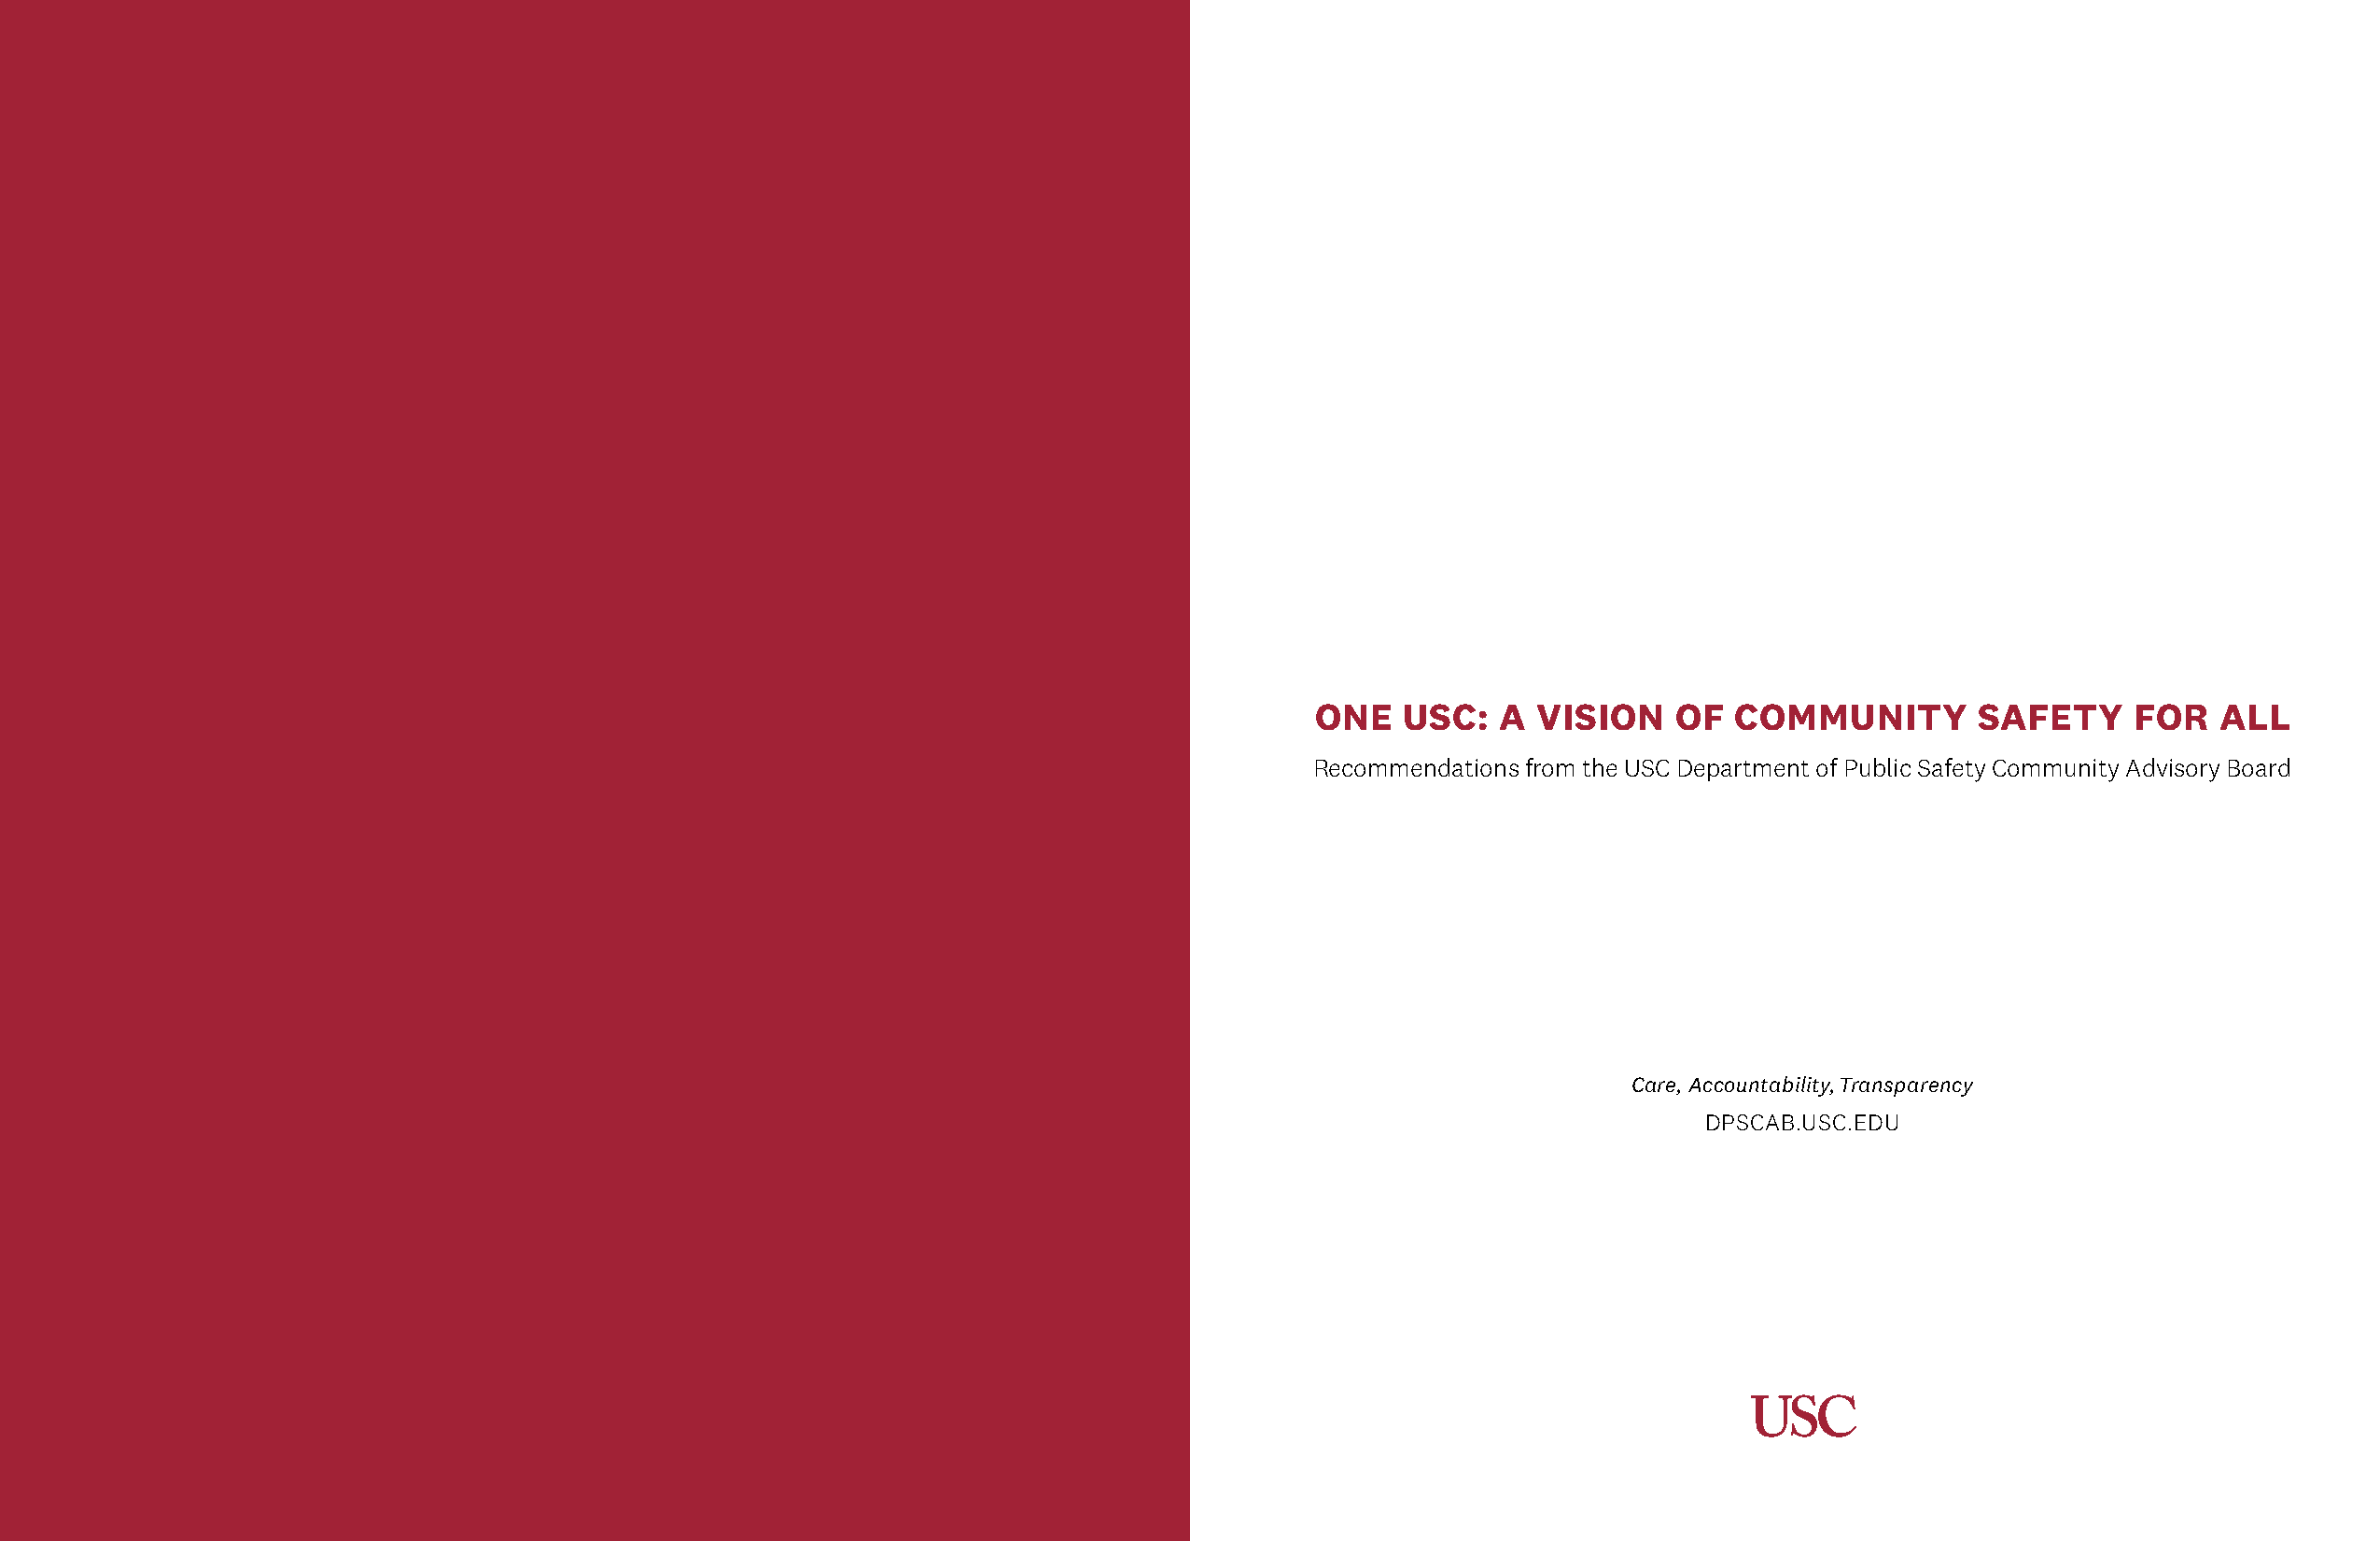
ONE    USC:  A  VISION    OF  COMMUNITY        SAFETY     FOR   ALL
 Recommendations from the USC Department of Public Safety Community Advisory Board
 Care, Accountability, Transparency
 DPSCAB.USC.EDU